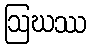
ဩဃဿ